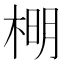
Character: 𣔂